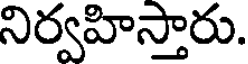
నిర్వహిస్తారు.